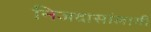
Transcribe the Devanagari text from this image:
निजदासांलागी